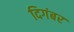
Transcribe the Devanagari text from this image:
दिगंबर